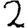
Digit: 2